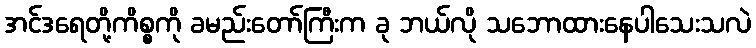
အင်ဒရေတို့ကိစ္စကို ခမည်းတော်ကြီးက ခု ဘယ်လို သဘောထားနေပါသေးသလဲ